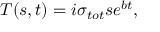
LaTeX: T ( s , t ) = i \sigma _ { t o t } s e ^ { b t } ,